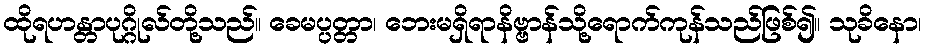
ထိုရဟန္တာပုဂ္ဂိုလ်တို့သည်။ ခေမပ္ပတ္တာ၊ ဘေးမရှိရာနိဗ္ဗာန်သို့ရောက်ကုန်သည်ဖြစ်၍။ သုခိနော၊